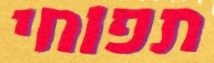
תפוחי